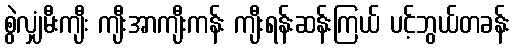
စွဲလျှံမီးကျီး ကျီးအာကျီးကန်း ကျီးရန်းဆန်းကြယ် ပင့်ဘွယ်တခန်း